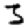
Digit: 3